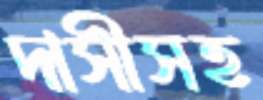
দাসীসহ